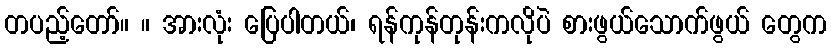
တပည့်တော်။ ။ အားလုံး ပြေပါတယ်၊ ရန်ကုန်တုန်းကလိုပဲ စားဖွယ်သောက်ဖွယ် တွေက